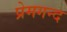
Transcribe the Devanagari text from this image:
प्रेमगन्द